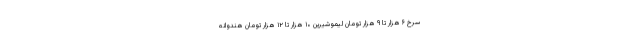
سرخ ۶ هزار تا ۹ هزار تومان لیموشیرین ۱۰ هزار تا ۱۲ هزار تومان هندوانه